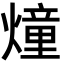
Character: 燑